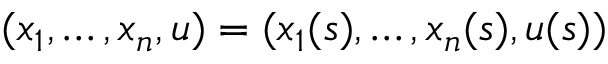
( x _ { 1 } , \dots , x _ { n } , u ) = ( x _ { 1 } ( s ) , \dots , x _ { n } ( s ) , u ( s ) )